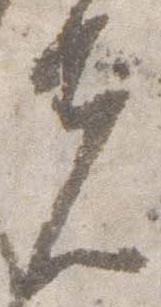
先